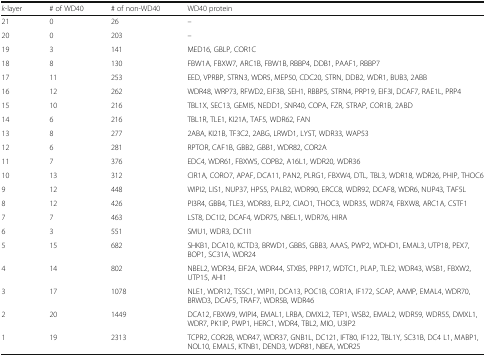
<table><thead><tr><td><b><i>k</i>-layer</b></td><td><b># of WD40</b></td><td><b># of non-WD40</b></td><td><b>WD40 protein</b></td></tr></thead><tbody><tr><td>21</td><td>0</td><td>26</td><td>–</td></tr><tr><td>20</td><td>0</td><td>203</td><td>–</td></tr><tr><td>19</td><td>3</td><td>141</td><td>MED16, GBLP, COR1C</td></tr><tr><td>18</td><td>8</td><td>130</td><td>FBW1A, FBXW7, ARC1B, FBW1B, RBBP4, DDB1, PAAF1, RBBP7</td></tr><tr><td>17</td><td>11</td><td>253</td><td>EED, VPRBP, STRN3, WDR5, MEP50, CDC20, STRN, DDB2, WDR1, BUB3, 2ABB</td></tr><tr><td>16</td><td>12</td><td>262</td><td>WDR48, WRP73, RFWD2, EIF3B, SEH1, RBBP5, STRN4, PRP19, EIF3I, DCAF7, RAE1L, PRP4</td></tr><tr><td>15</td><td>10</td><td>216</td><td>TBL1X, SEC13, GEMI5, NEDD1, SNR40, COPA, FZR, STRAP, COR1B, 2ABD</td></tr><tr><td>14</td><td>6</td><td>216</td><td>TBL1R, TLE1, KI21A, TAF5, WDR62, FAN</td></tr><tr><td>13</td><td>8</td><td>277</td><td>2ABA, KI21B, TF3C2, 2ABG, LRWD1, LYST, WDR33, WAP53</td></tr><tr><td>12</td><td>6</td><td>281</td><td>RPTOR, CAF1B, GBB2, GBB1, WDR82, COR2A</td></tr><tr><td>11</td><td>7</td><td>376</td><td>EDC4, WDR61, FBXW5, COPB2, A16L1, WDR20, WDR36</td></tr><tr><td>10</td><td>13</td><td>312</td><td>CIR1A, CORO7, APAF, DCA11, PAN2, PLRG1, FBXW4, DTL, TBL3, WDR18, WDR26, PHIP, THOC6</td></tr><tr><td>9</td><td>12</td><td>448</td><td>WIPI2, LIS1, NUP37, HPS5, PALB2, WDR90, ERCC8, WDR92, DCAF8, WDR6, NUP43, TAF5L</td></tr><tr><td>8</td><td>12</td><td>426</td><td>PI3R4, GBB4, TLE3, WDR83, ELP2, CIAO1, THOC3, WDR35, WDR74, FBXW8, ARC1A, CSTF1</td></tr><tr><td>7</td><td>7</td><td>463</td><td>LST8, DC1I2, DCAF4, WDR75, NBEL1, WDR76, HIRA</td></tr><tr><td>6</td><td>3</td><td>551</td><td>SMU1, WDR3, DC1I1</td></tr><tr><td>5</td><td>15</td><td>682</td><td>SHKB1, DCA10, KCTD3, BRWD1, GBB5, GBB3, AAAS, PWP2, WDHD1, EMAL3, UTP18, PEX7, BOP1, SC31A, WDR24</td></tr><tr><td>4</td><td>14</td><td>802</td><td>NBEL2, WDR34, EIF2A, WDR44, STXB5, PRP17, WDTC1, PLAP, TLE2, WDR43, WSB1, FBXW2, UTP15, AHI1</td></tr><tr><td>3</td><td>17</td><td>1078</td><td>NLE1, WDR12, TSSC1, WIPI1, DCA13, POC1B, COR1A, IF172, SCAP, AAMP, EMAL4, WDR70, BRWD3, DCAF5, TRAF7, WDR5B, WDR46</td></tr><tr><td>2</td><td>20</td><td>1449</td><td>DCA12, FBXW9, WIPI4, EMAL1, LRBA, DMXL2, TEP1, WSB2, EMAL2, WDR59, WDR55, DMXL1, WDR7, PK1IP, PWP1, HERC1, WDR4, TBL2, MIO, U3IP2</td></tr><tr><td>1</td><td>19</td><td>2313</td><td>TCPR2, COR2B, WDR47, WDR37, GNB1L, DC121, IFT80, IF122, TBL1Y, SC31B, DC4 L1, MABP1, NOL10, EMAL5, KTNB1, DEND3, WDR81, NBEA, WDR25</td></tr></tbody></table>